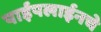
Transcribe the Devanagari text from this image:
पाईपलाईनचे